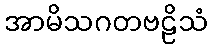
အာမိသဂတဗဠိသံ